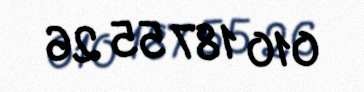
010 187 55 26